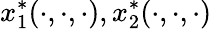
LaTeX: \, \! x_{1}^{*}(\cdot,\cdot,\cdot),x_{2}^{*}(\cdot,\cdot,\cdot)